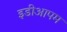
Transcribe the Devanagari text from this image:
इडीआपम